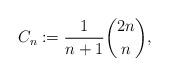
LaTeX: \begin{align*} C_n := \frac{1}{n+1}\binom{2n}{n},\end{align*}